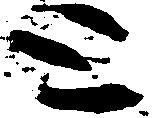
と